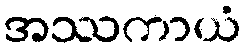
အဿကာယံ